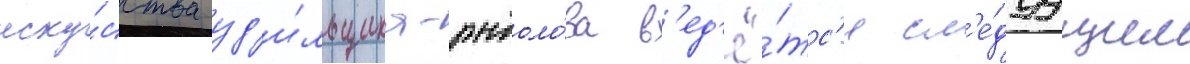
иску́сства уд'и́льщика-рыболо́ва в'ед'ё́тс'я сл'е́дуущим